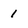
Character: 1